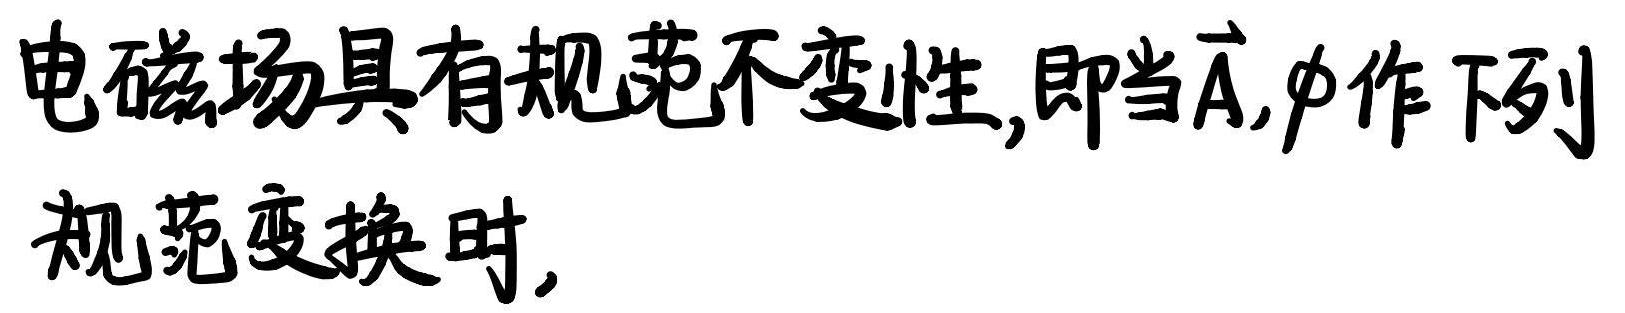
电磁场具有规范不变性,即当$\vec{A},\phi$作下列规范变换时,